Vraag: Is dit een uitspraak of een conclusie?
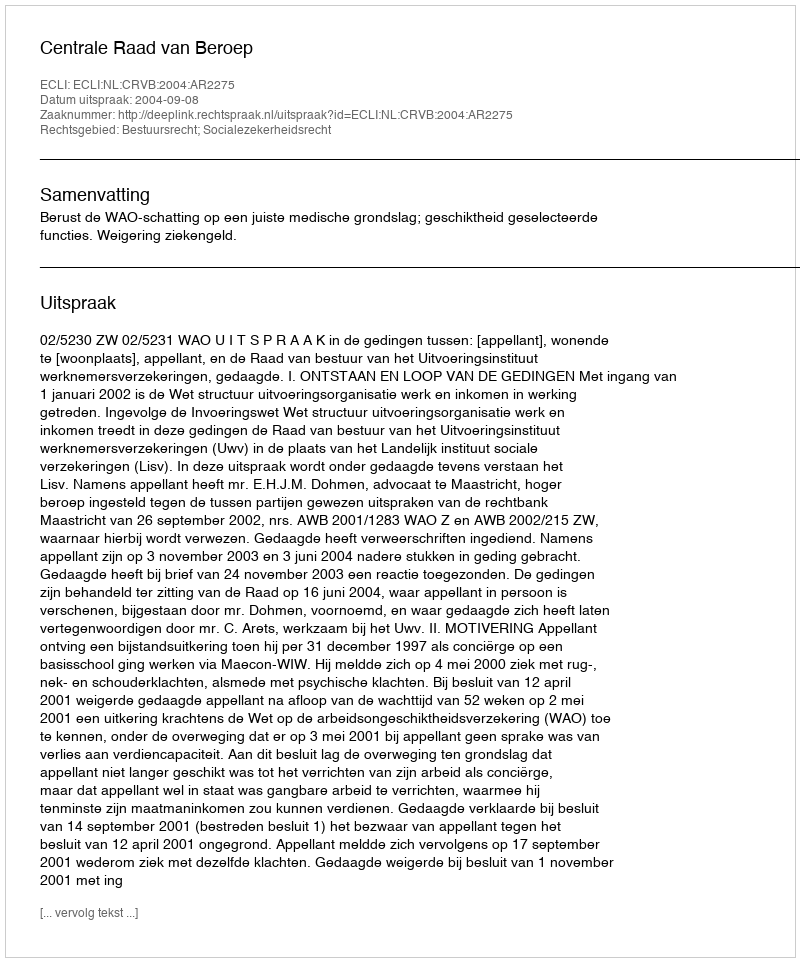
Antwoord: Uitspraak